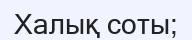
Халық соты;